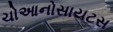
ચોઆનોસાયટસ